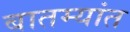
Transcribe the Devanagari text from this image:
बातम्‍यांत